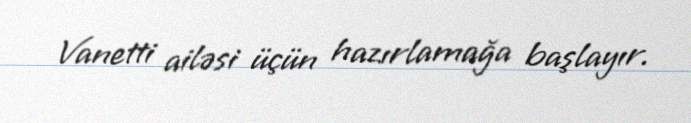
Vanetti ailəsi üçün hazırlamağa başlayır.